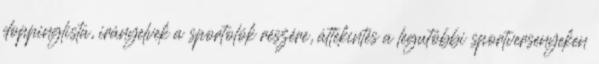
doppinglista, irányelvek a sportolók részére, áttekintés a legutóbbi sportversenyeken